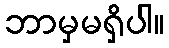
ဘာမှမရှိပါ။